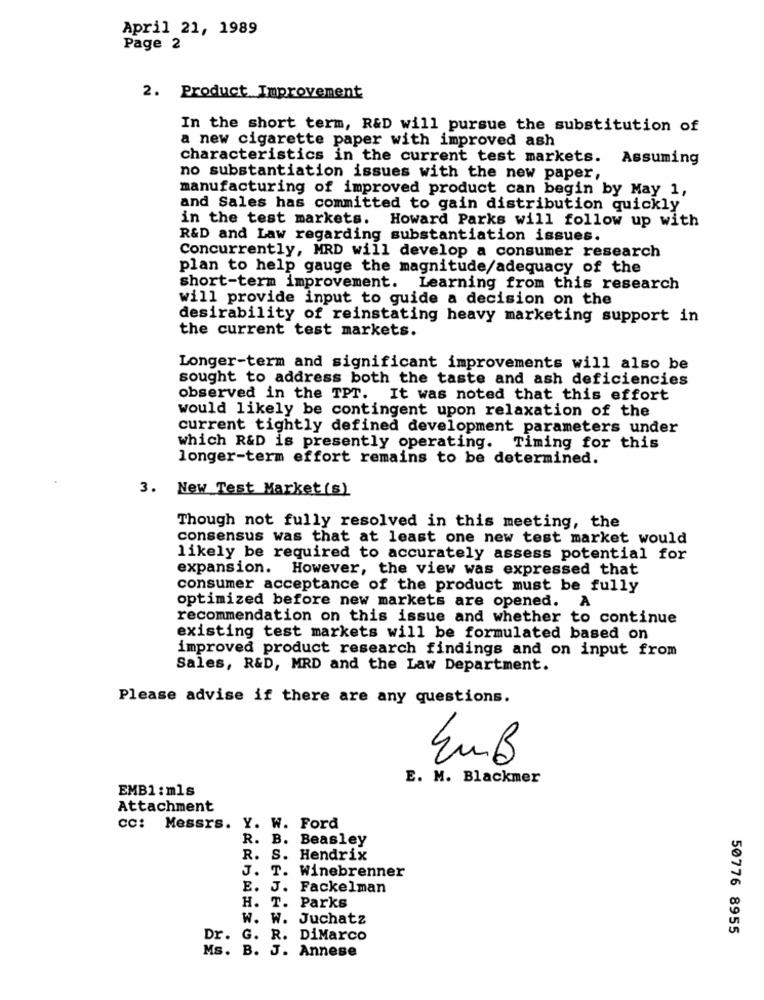
April 21, 1989
Page 2
2. Product Improvement
In the short term, R&D will pursue the substitution of
a new cigarette paper with improved ash
characteristics in the current test markets. Assuming
no substantiation issues with the new paper,
manufacturing of improved product can begin by May 1,
and Sales has committed to gain distribution quickly
in the test markets. Howard Parks will follow up with
R&D and Law regarding substantiation issues.
Concurrently, MRD will develop a consumer research
plan to help gauge the magnitude/adequacy of the
short-term improvement. Learning from this research
will provide input to guide a decision on the
desirability of reinstating heavy marketing support in
the current test markets.
Longer-term and significant improvements will also be
sought to address both the taste and ash deficiencies
observed in the TPT. It was noted that this effort
would likely be contingent upon relaxation of the
current tightly defined development parameters under
which R&D is presently operating.
Timing for this
longer-term effort remains to be determined.
3. New Test Market(s)
Though not fully resolved in this meeting, the
consensus was that at least one new test market would
likely be required to accurately assess potential for
expansion. However, the view was expressed that
consumer acceptance of the product must be fully
optimized before new markets are opened. A
recommendation on this issue and whether to continue
existing test markets will be formulated based on
improved product research findings and on input from
Sales, R&D, MRD and the Law Department.
Please advise if there are any questions.
N
E. M. Blackmer
EMB1 : mls
Attachment
cc: Messrs. Y. W. Ford
R. B. Beasley
R. S. Hendrix
J. T. Winebrenner
E. J. Fackelman
H. T. Parks
W. W. Juchatz
50776 8955
Dr. G. R. DiMarco
Ms. B. J. Annese